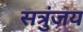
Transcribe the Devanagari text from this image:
सत्रुंजय